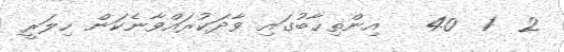
2  1  40   އިންތިޚާބުގައި ވާދަކުރައްވާނެކަން ހިލަރީ